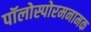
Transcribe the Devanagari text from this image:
पॉलोस्पोरमनामक